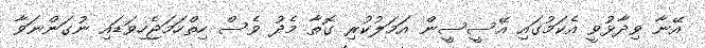
އޭނާ ވިދާޅުވީ އެކަމުގައި އޭސީސީން އަމަލުކުރި ގޮތާ މެދު ވެސް ހިތްހަމަޖެހިވަޑައި ނުގަންނަވާ